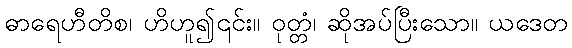
ဓာရေဟီတိစ၊ ဟိဟူ၍၎င်း။ ဝုတ္တံ၊ ဆိုအပ်ပြီးသော။ ယဒေတ